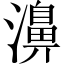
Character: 濞